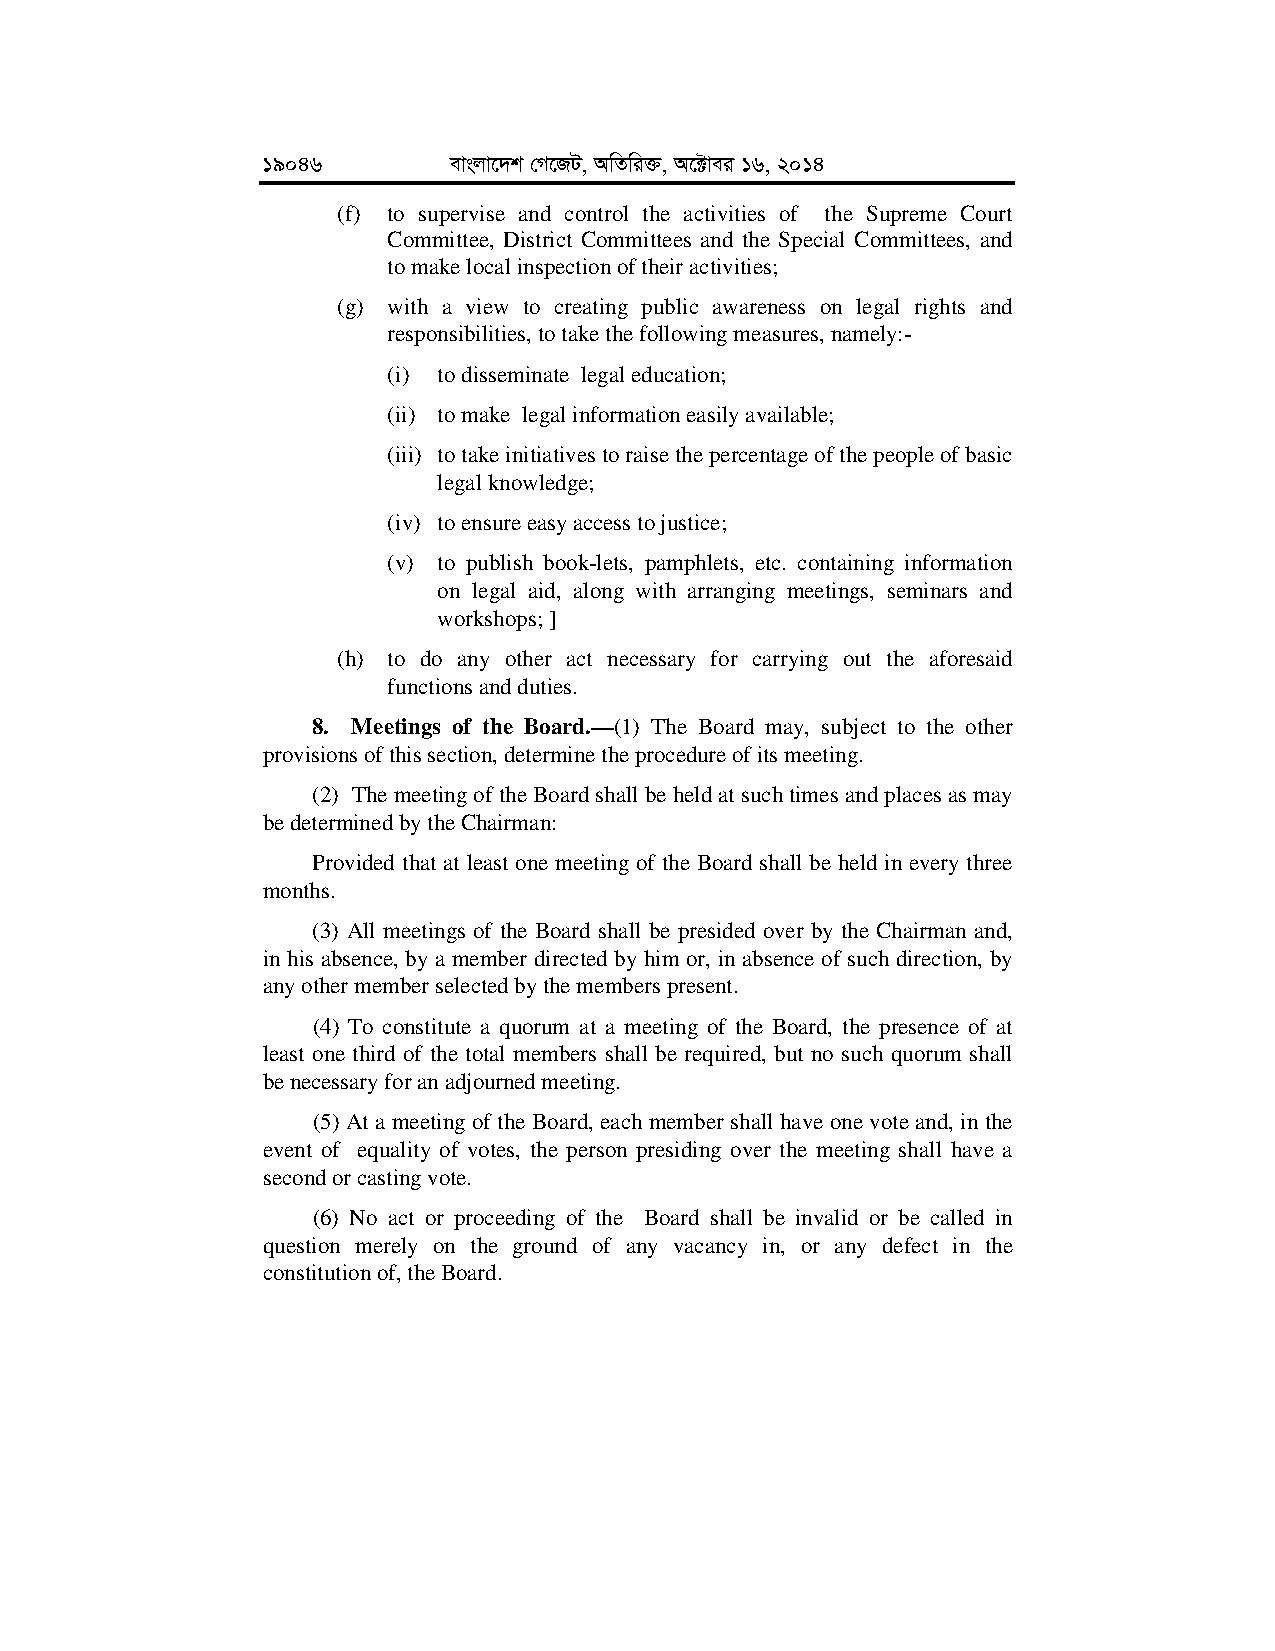
19046        evsjv‡`k †M‡RU, AwZwi³, A‡±vei 16, 2014
 (f) to supervise and control the activities of the Supreme Court
 Committee, District Committees and the Special Committees, and
 to make local inspection of their activities;
 (g) with a view to creating public awareness on legal rights and
 responsibilities, to take the following measures, namely:-
 (i) to disseminate legal education;
 (ii) to make legal information easily available;
 (iii) to take initiatives to raise the percentage of the people of basic
 legal knowledge;
 (iv) to ensure easy access to justice;
 (v) to publish book-lets, pamphlets, etc. containing information
 on legal aid, along with arranging meetings, seminars and
 workshops; ]
 (h) to do any other act necessary for carrying out the aforesaid
 functions and duties.
 8. Meetings of the Board.—(1) The Board may, subject to the other
 provisions of this section, determine the procedure of its meeting.
 (2) The meeting of the Board shall be held at such times and places as may
 be determined by the Chairman:
 Provided that at least one meeting of the Board shall be held in every three
 months.
 (3) All meetings of the Board shall be presided over by the Chairman and,
 in his absence, by a member directed by him or, in absence of such direction, by
 any other member selected by the members present.
 (4) To constitute a quorum at a meeting of the Board, the presence of at
 least one third of the total members shall be required, but no such quorum shall
 be necessary for an adjourned meeting.
 (5) At a meeting of the Board, each member shall have one vote and, in the
 event of equality of votes, the person presiding over the meeting shall have a
 second or casting vote.
 (6) No act or proceeding of the Board shall be invalid or be called in
 question merely on the ground of any vacancy in, or any defect in the
 constitution of, the Board.